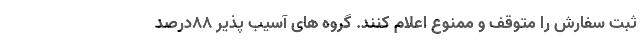
ثبت سفارش را متوقف و ممنوع اعلام کنند. گروه های آسیب پذیر ۸۸درصد